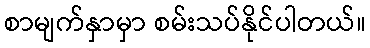
စာမျက်နှာမှာ စမ်းသပ်နိုင်ပါတယ်။